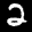
Label: 2